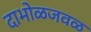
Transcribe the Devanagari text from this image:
दाभोळजवळ